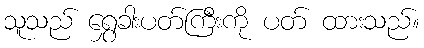
သူသည် ရွှေခါးပတ်ကြီးကို ပတ် ထားသည်။